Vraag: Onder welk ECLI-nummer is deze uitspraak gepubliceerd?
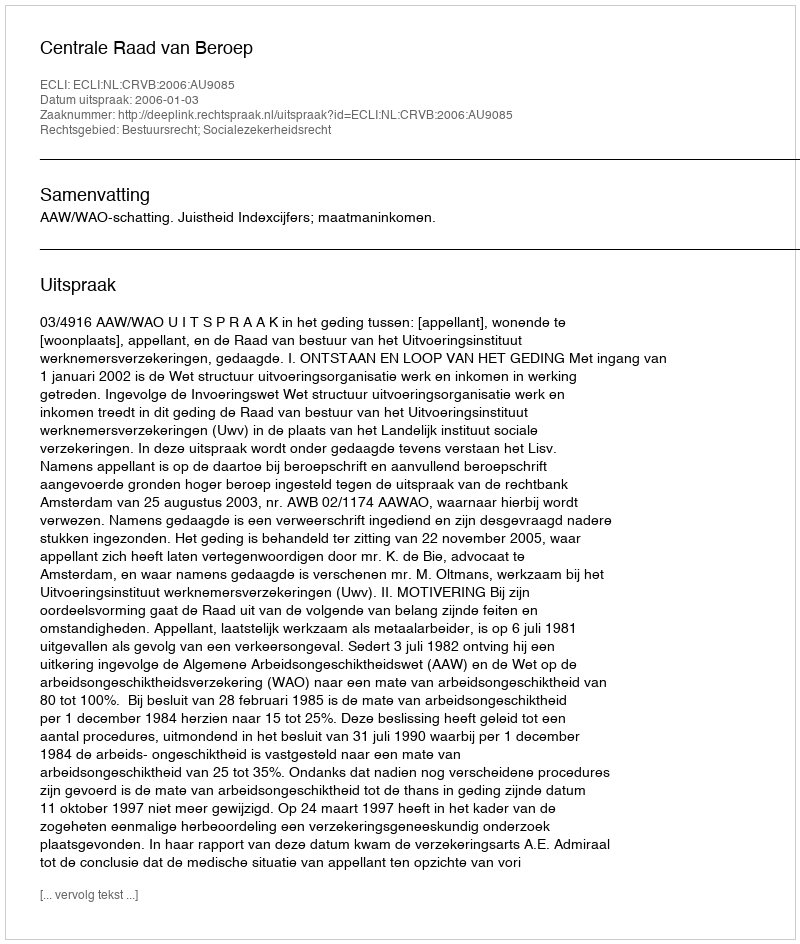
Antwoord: ECLI:NL:CRVB:2006:AU9085